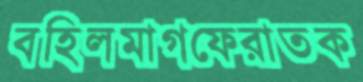
বহিলমাগফেরাতক